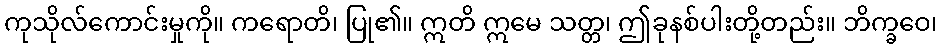
ကုသိုလ်ကောင်းမှုကို။ ကရောတိ၊ ပြု၏။ ဣတိ ဣမေ သတ္တ၊ ဤခုနစ်ပါးတို့တည်း။ ဘိက္ခဝေ၊